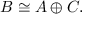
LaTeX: B \cong A \oplus C .